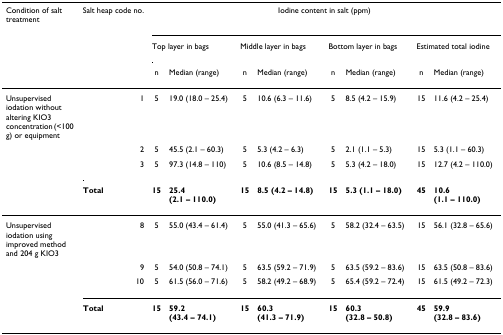
<table><thead><tr><td><b>Condition of salt treatment</b></td><td><b>Salt heap code no.</b></td><td colspan="8"><b>Iodine content in salt (ppm)</b></td></tr><tr><td></td><td></td><td colspan="2"><b>Top layer in bags</b></td><td colspan="2"><b>Middle layer in bags</b></td><td colspan="2"><b>Bottom layer in bags</b></td><td colspan="2"><b>Estimated total iodine</b></td></tr><tr><td></td><td></td><td><b>n</b></td><td><b>Median (range)</b></td><td><b>n</b></td><td><b>Median (range)</b></td><td><b>n</b></td><td><b>Median (range)</b></td><td><b>n</b></td><td><b>Median (range)</b></td></tr></thead><tbody><tr><td>Unsupervised iodation without altering KIO3 concentration (&lt;100 g) or equipment</td><td>1</td><td>5</td><td>19.0 (18.0 – 25.4)</td><td>5</td><td>10.6 (6.3 – 11.6)</td><td>5</td><td>8.5 (4.2 – 15.9)</td><td>15</td><td>11.6 (4.2 – 25.4)</td></tr><tr><td></td><td>2</td><td>5</td><td>45.5 (2.1 – 60.3)</td><td>5</td><td>5.3 (4.2 – 6.3)</td><td>5</td><td>2.1 (1.1 – 5.3)</td><td>15</td><td>5.3 (1.1 – 60.3)</td></tr><tr><td></td><td>3</td><td>5</td><td>97.3 (14.8 – 110)</td><td>5</td><td>10.6 (8.5 – 14.8)</td><td>5</td><td>5.3 (4.2 – 18.0)</td><td>15</td><td>12.7 (4.2 – 110.0)</td></tr><tr><td></td><td><b>Total</b></td><td><b>15</b></td><td><b>25.4 (2.1 – 110.0)</b></td><td><b>15</b></td><td><b>8.5 (4.2 – 14.8)</b></td><td><b>15</b></td><td><b>5.3 (1.1 – 18.0)</b></td><td><b>45</b></td><td><b>10.6 (1.1 – 110.0)</b></td></tr><tr><td>Unsupervised iodation using improved method and 204 g KIO3</td><td>8</td><td>5</td><td>55.0 (43.4 – 61.4)</td><td>5</td><td>55.0 (41.3 – 65.6)</td><td>5</td><td>58.2 (32.4 – 63.5)</td><td>15</td><td>56.1 (32.8 – 65.6)</td></tr><tr><td></td><td>9</td><td>5</td><td>54.0 (50.8 – 74.1)</td><td>5</td><td>63.5 (59.2 – 71.9)</td><td>5</td><td>63.5 (59.2 – 83.6)</td><td>15</td><td>63.5 (50.8 – 83.6)</td></tr><tr><td></td><td>10</td><td>5</td><td>61.5 (56.0 – 71.6)</td><td>5</td><td>58.2 (49.2 – 68.9)</td><td>5</td><td>65.4 (59.2 – 72.4)</td><td>15</td><td>61.5 (49.2 – 72.3)</td></tr><tr><td></td><td><b>Total</b></td><td><b>15</b></td><td><b>59.2 (43.4 – 74.1)</b></td><td><b>15</b></td><td><b>60.3 (41.3 – 71.9)</b></td><td><b>15</b></td><td><b>60.3 (32.8 – 50.8)</b></td><td><b>45</b></td><td><b>59.9 (32.8 – 83.6)</b></td></tr></tbody></table>